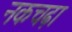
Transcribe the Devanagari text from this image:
नकचढ़ा